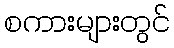
စကားများတွင်